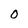
Character: O